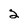
Character: 2